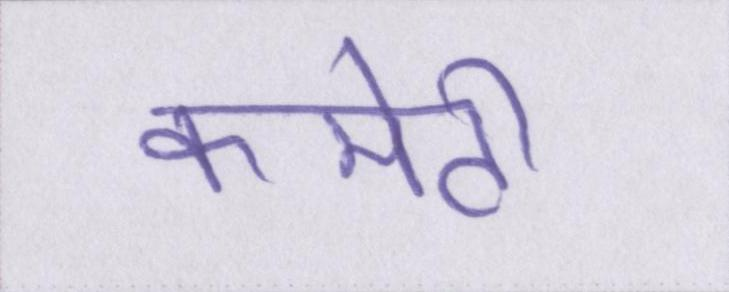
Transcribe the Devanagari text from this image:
कमेटी